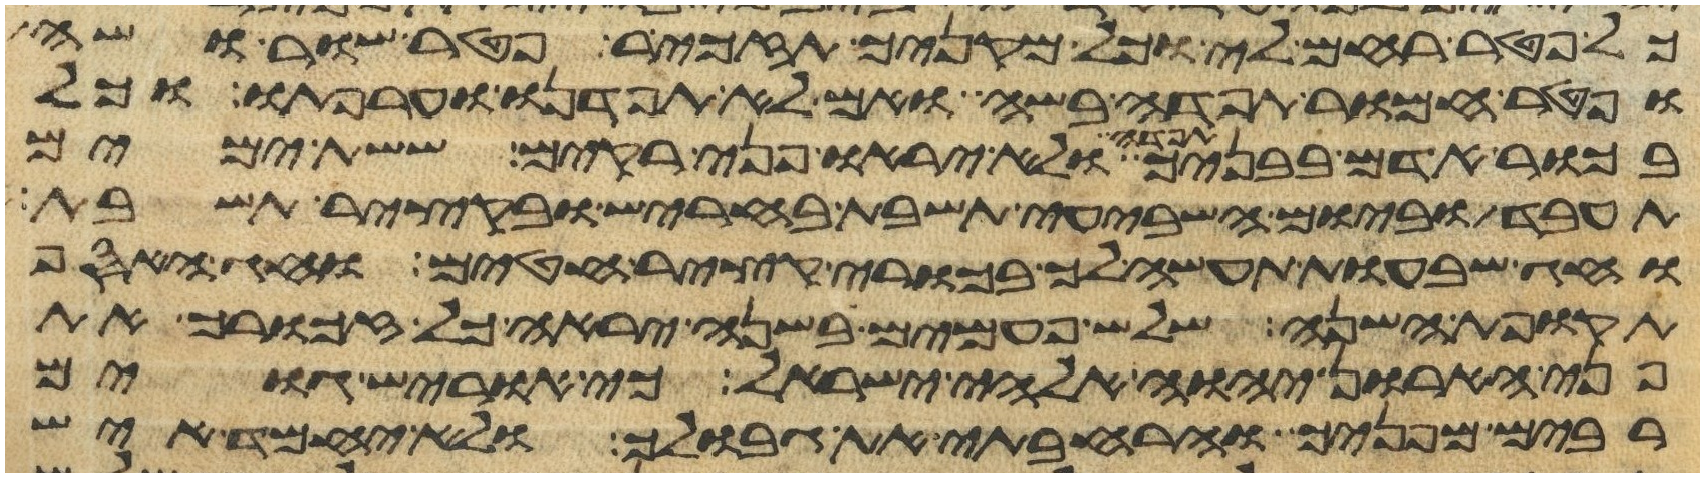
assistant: כל פטר רחם לי וכל מקניך תזכיר פטר שור ושה
ופטר חמור תפדה בשה ואם לא תפדנו וערפתו וכל
בכור אדם בבניך תפדה ולא יראו פני רקים ששת ימים
תעבד וביום השביעי תשבת בחריש ובקציר תשבת
וחג שבעות תעשה לך בכורי קציר חטים וחג האסף
תקופת השנה שלש פעמים בשנה יראה כל זכורך את
פני הארון יהוה אלהי ישראל כי אוריש גוים
רבים מפניך והרחבתי את גבולך ולא יחמד איש